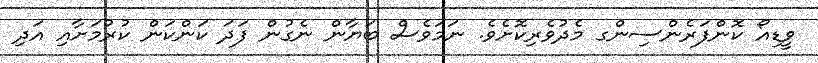
ވީޑިއޯ ކޮންފަރެންސިންގ މެދުވެރިކޮށެވެ. ނަމަވެސް ބަޔާން ނެގުން ފަދަ ކަންކަން ކުރުމަށާއި އަދި